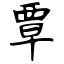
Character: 覃